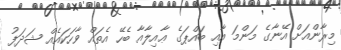
މިރާންއަށް އޭނާގެ މަންމަ އާއި ބައްޕަގެ ޢާއިލާއާ ބެހޭ އެތައް ވާހަކައެއް ޝަދަފު